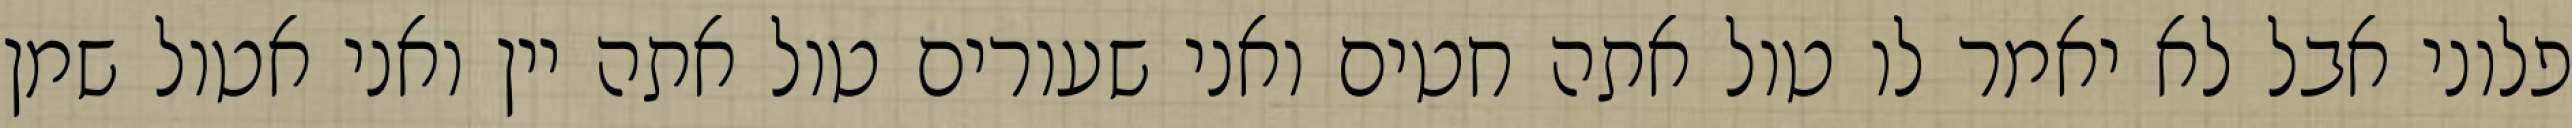
פלוני אבל לא יאמר לו טול אתה חטים ואני שעורים טול אתה יין ואני אטול שמן